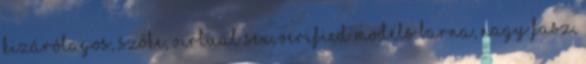
kizárólagos, szőke, virtual sex, verified models barna, nagy fasz,